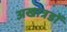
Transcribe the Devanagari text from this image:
अखात्रडों